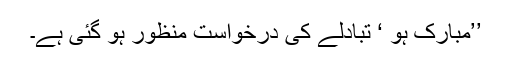
’’مبارک ہو ‘ تبادلے کی درخواست منظور ہو گئی ہے۔